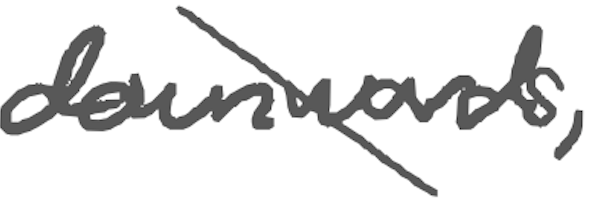
Text: downwards,
Cross-out: diagonal
Writing tool: digital_gray